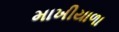
માખીયાળા